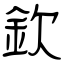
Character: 欽